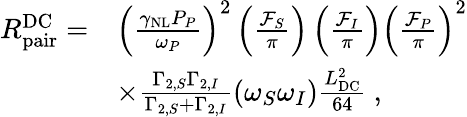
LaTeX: \begin{array}{rl}{R_{\mathrm{pair}}^{\mathrm{DC}}=}&{\left(\frac{\gamma_{\mathrm{NL}}P_{P}}{\omega_{P}}\right)^{2}\left(\frac{\mathcal{F}_{S}}{\pi}\right)\left(\frac{\mathcal{F}_{I}}{\pi}\right)\left(\frac{\mathcal{F}_{P}}{\pi}\right)^{2}}\\ &{\times\frac{\Gamma_{2,S}\Gamma_{2,I}}{\Gamma_{2,S}+\Gamma_{2,I}}\left(\omega_{S}\omega_{I}\right)\frac{L_{\mathrm{DC}}^{2}}{64}\ ,}\end{array}